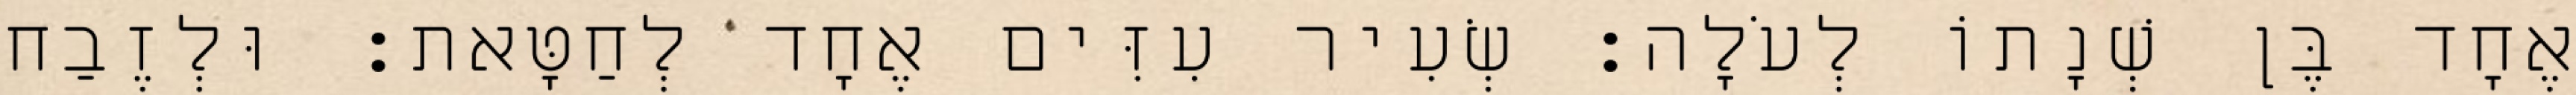
אֶחָד בֶּן שְׁנָתוֹ לְעֹלָה׃ שְׂעִיר עִזִּים אֶחָד לְחַטָּאת׃ וּלְזֶבַח